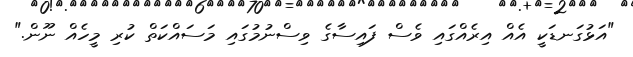
"އަޅުގަނޑަކީ އެއް އިރެއްގައި ވެސް ފައިސާގެ ވިސްނުމުގައި މަސައްކަތް ކުރި މީހެއް ނޫން."